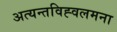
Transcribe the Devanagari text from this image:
अत्यन्तविह्वलमना